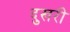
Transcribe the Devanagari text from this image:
दुखरी